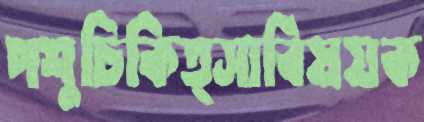
পশুচিকিত্সাবিষয়ক